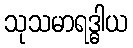
သုသမာရဒ္ဓါယ